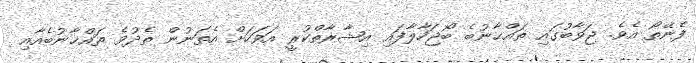
ފެނޭތޯ އެވެ. ޖަވާބުގައި ތައްޚާނުބެ ބޯޖަހާލާފައި އިޝާރާތްކުރީ އަވަހަށް އެތަނުން ތެދުވެ ތައްޚާނުބެއާއި